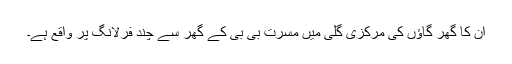
ان کا گھر گاؤں کی مرکزی گلی میں مسرت بی بی کے گھر سے چند فرلانگ پر واقع ہے۔